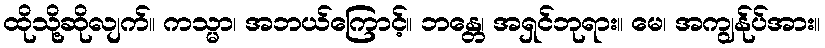
ထိုသို့ဆိုလျက်။ ကသ္မာ၊ အဘယ်ကြောင့်။ ဘန္တေ၊ အရှင်ဘုရား။ မေ၊ အကျွန်ုပ်အား။